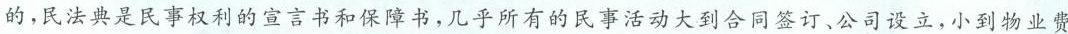
的。民法典是民事权利的宣言书和保障书，几乎所有的民事活动大到合同签订、公司设立，小到物业费